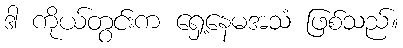
ဒါ ကိုယ်တွင်းက ရှေ့နေမအသံ ဖြစ်သည်။